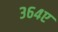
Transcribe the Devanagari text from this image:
३६४ए